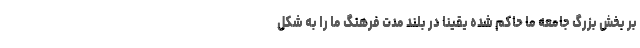
بر بخش بزرگ جامعه ما حاکم شده یقینا در بلند مدت فرهنگ ما را به شکل